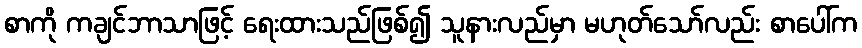
စာကို ကချင်ဘာသာဖြင့် ရေးထားသည်ဖြစ်၍ သူနားလည်မှာ မဟုတ်သော်လည်း စာပေါ်က